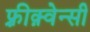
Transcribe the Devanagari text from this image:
फ़्रीक़्वेन्सी